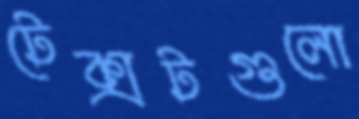
টেক্সটগুলো